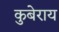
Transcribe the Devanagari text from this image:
कुबेराय